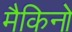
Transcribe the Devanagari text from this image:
मैकिनो